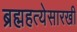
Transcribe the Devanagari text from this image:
ब्रह्महत्येसारखी